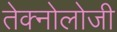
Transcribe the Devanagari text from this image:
तेक्नोलोजी